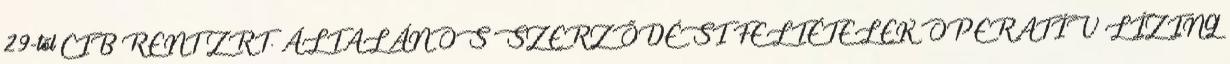
29-től CIB RENT ZRT. ÁLTALÁNOS SZERZŐDÉSI FELTÉTELEK OPERATÍV LÍZING